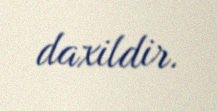
daxildir.